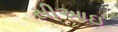
સીઆઇ